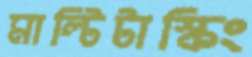
মাল্টিটাস্কিং